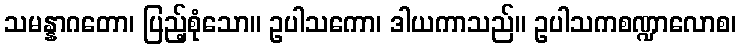
သမန္နာဂတော၊ ပြည့်စုံသော။ ဥပါသကော၊ ဒါယကာသည်။ ဥပါသကစဏ္ဍာလောစ၊